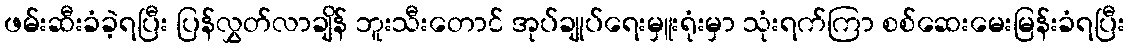
ဖမ်းဆီးခံခဲ့ရပြီး ပြန်လွှတ်လာချိန် ဘူးသီးတောင် အုပ်ချုပ်ရေးမှူးရုံးမှာ သုံးရက်ကြာ စစ်ဆေးမေးမြန်းခံရပြီး